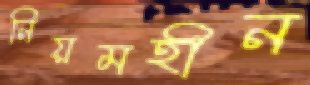
নিয়মহীন